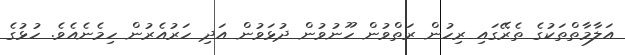
އަލާމާތްތަކުގެ ތެރޭގައި ރިހުން ރަތްވުން ހޫނުވުން ދުޅަވުން އަދި ހަރުއެރުން ހިމެނެއެވެ. ހުޅުގެ